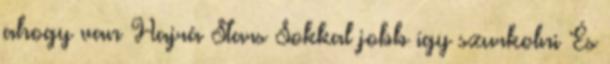
ahogy van Hajrá Stars Sokkal jobb így szurkolni És